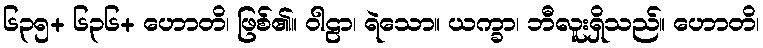
၆၃၅+ ၆၃၆+ ဟောတိ၊ ဖြစ်၏။ ဝါဠာ၊ ရဲသော။ ယက္ခာ၊ ဘီလူးရှိသည်။ ဟောတိ၊